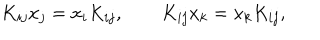
K _ { i j } x _ { j } = x _ { i } K _ { i j } , \qquad K _ { i j } x _ { k } = x _ { k } K _ { i j } ,